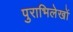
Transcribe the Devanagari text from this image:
पुराभिलेखों